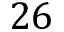
2 6